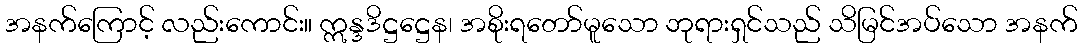
အနက်ကြောင့် လည်းကောင်း။ ဣန္ဒဒိဋ္ဌဋ္ဌေန၊ အစိုးရတော်မူသော ဘုရားရှင်သည် သိမြင်အပ်သော အနက်